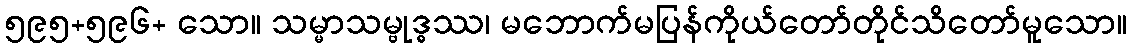
၅၉၅+၅၉၆+ သော။ သမ္မာသမ္ဗုဒ္ဓဿ၊ မဘောက်မပြန်ကိုယ်တော်တိုင်သိတော်မူသော။